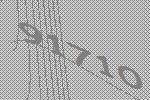
91710